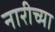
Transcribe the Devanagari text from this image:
नारीच्या